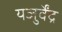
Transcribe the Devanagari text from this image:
यजुर्वेंद्र